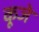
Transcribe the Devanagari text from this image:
कूजे